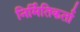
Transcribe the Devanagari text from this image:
निर्मितिकर्ता